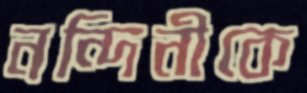
নন্দিনীকে